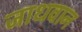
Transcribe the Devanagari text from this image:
जाधवान